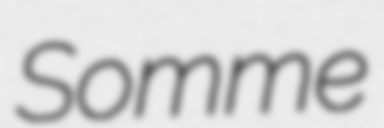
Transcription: Somme